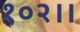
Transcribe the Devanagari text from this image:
१०२।।